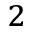
_ 2